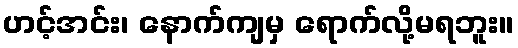
ဟင့်အင်း၊ နောက်ကျမှ ရောက်လို့မရဘူး။